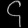
Digit: ၄